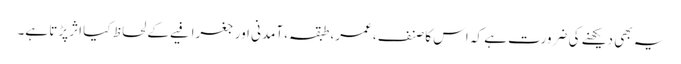
یہ بھی دیکھنے کی ضرورت ہے کہ اس کا صنف، عمر، طبقہ، آمدنی اور جغرافیے کے لحاظ کیا اثر پڑتا ہے۔